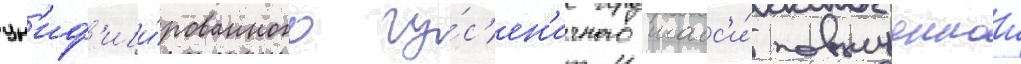
ун'иф'ици́рованного гу́с'ен'ичного шасс'и́ повышеннои